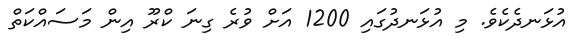
އުޅަނދެކެވެ. މި އުޅަނދުގައި 1200 އަށް ވުރެ ގިނަ ކްރޫ އިން މަސައްކަތް